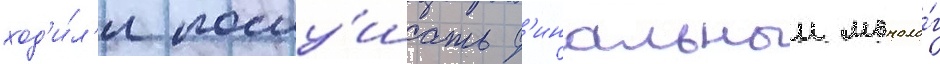
ход'и́л'и послу́шать ф'инальныи моноло́г